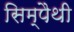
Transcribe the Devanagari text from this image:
सिम्पैथी